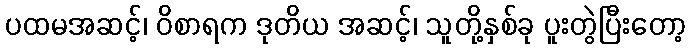
ပထမအဆင့်၊ ဝိစာရက ဒုတိယ အဆင့်၊ သူတို့နှစ်ခု ပူးတွဲပြီးတော့